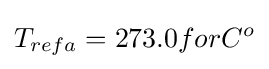
T_{refa}=273.0forC^{o}